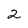
Character: 2